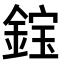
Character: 𫒭